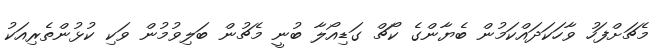
މެޗަށްފަހު ވާހަކަދައްކަމުން ބެޔާންގެ ކޯޗް ގަޑިއޯލާ ބުނީ މެޗުން ބަލިވުމުން ވަކި ކުޅުންތެރިއަކު